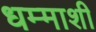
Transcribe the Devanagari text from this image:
धम्माशी